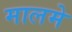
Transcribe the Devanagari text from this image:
मालमे